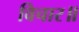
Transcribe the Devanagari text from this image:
विचार॥